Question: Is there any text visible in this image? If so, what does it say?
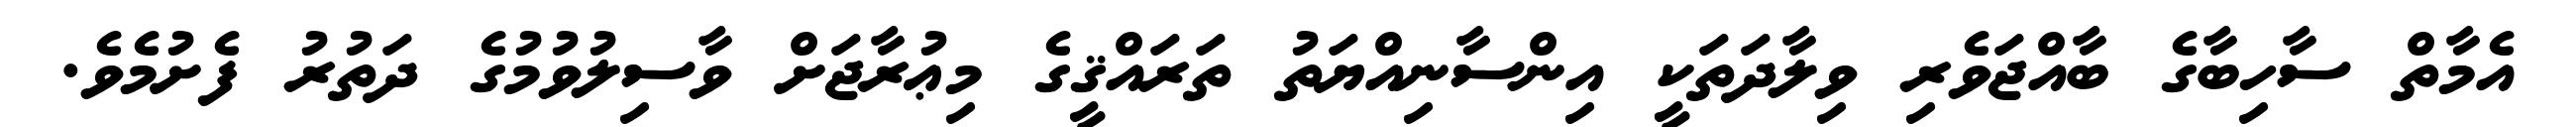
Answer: އެމާތް ސާހިބާގެ ބާއްޖަވެރި ވިލާދަތަކީ އިންސާނިއްޔަތު ތަރައްޤީގެ މިޢުރާޖަށް ވާސިލުވުމުގެ ދަތުރު ފެށުމެވެ.